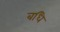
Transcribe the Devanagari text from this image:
बधि